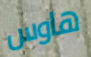
هاوس